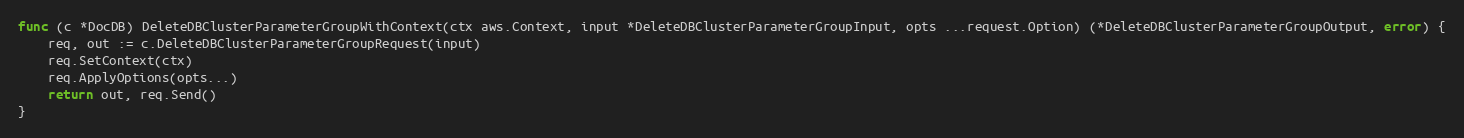
Language: Go
func (c *DocDB) DeleteDBClusterParameterGroupWithContext(ctx aws.Context, input *DeleteDBClusterParameterGroupInput, opts ...request.Option) (*DeleteDBClusterParameterGroupOutput, error) {
	req, out := c.DeleteDBClusterParameterGroupRequest(input)
	req.SetContext(ctx)
	req.ApplyOptions(opts...)
	return out, req.Send()
}